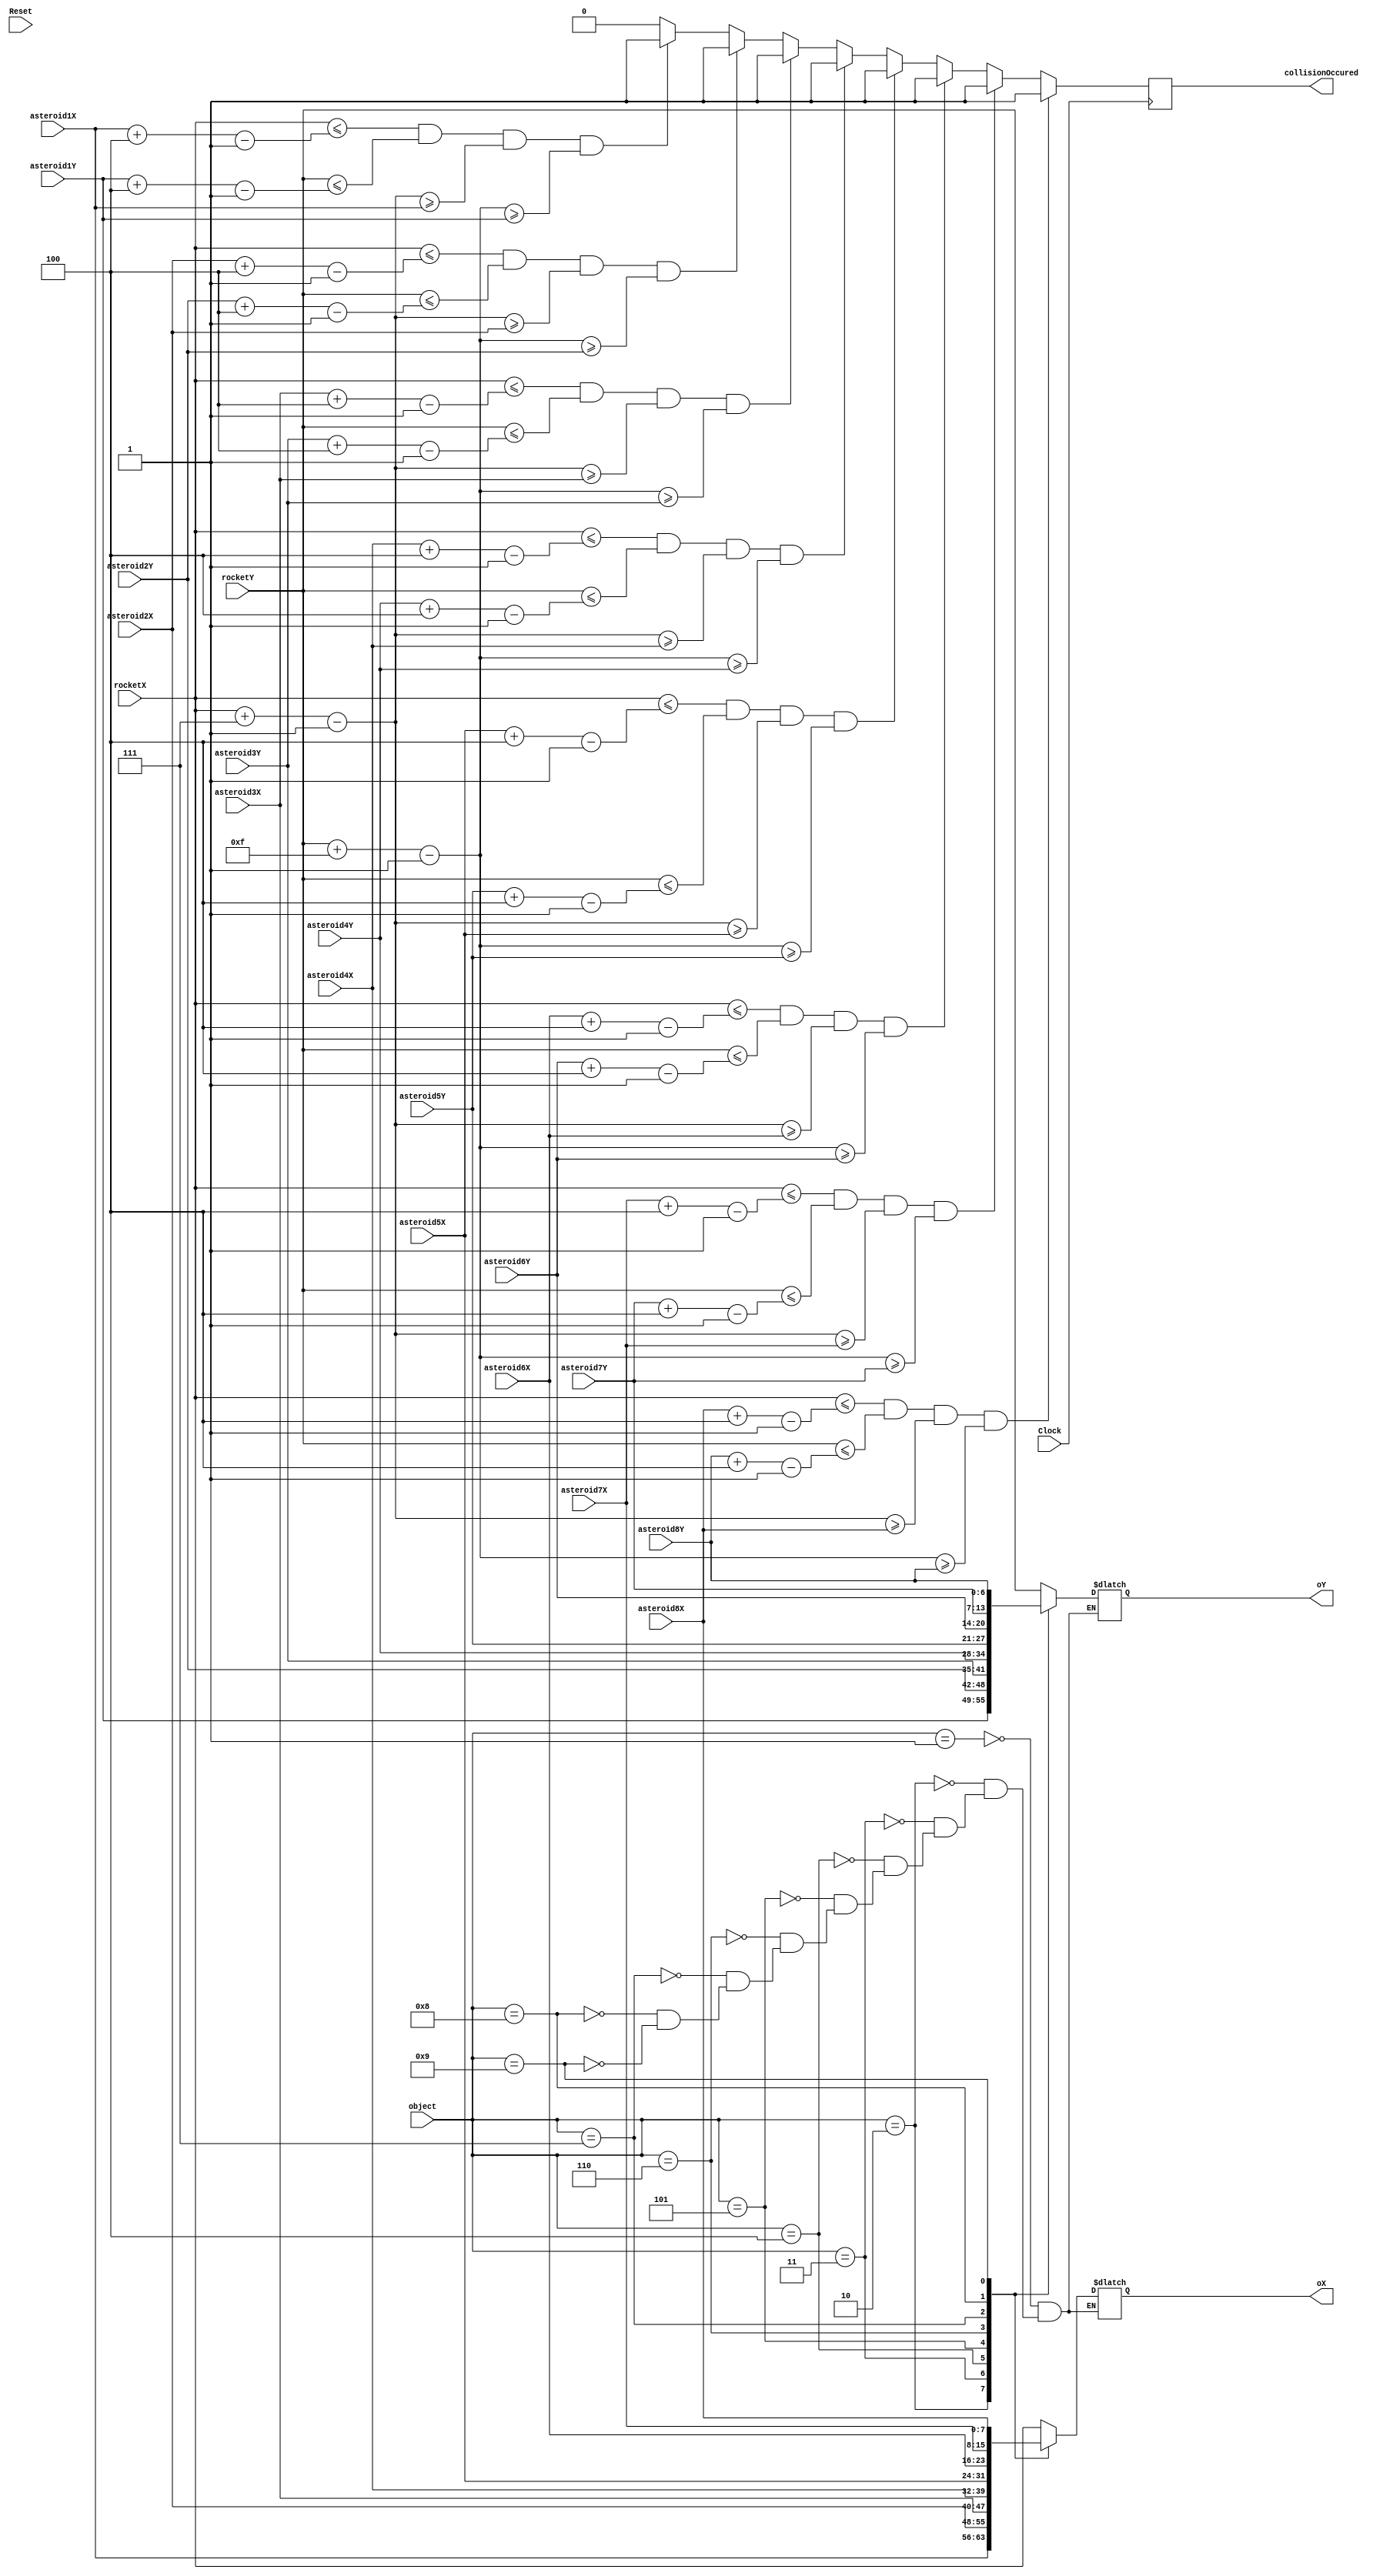
module collisions(
    input [7:0] rocketX, asteroid1X, asteroid2X, asteroid3X, asteroid4X, asteroid5X, asteroid6X, asteroid7X, asteroid8X,
    input [6:0] rocketY, asteroid1Y, asteroid2Y, asteroid3Y, asteroid4Y, asteroid5Y, asteroid6Y, asteroid7Y, asteroid8Y,
	 input Clock, Reset,
	 input [7:0] object,
	 output reg collisionOccured,
	 output reg [7:0] oX,
	 output reg [6:0] oY
);

	parameter X_SCREEN_PIXELS = 11'd160;
	parameter Y_SCREEN_PIXELS = 11'd120;
	
	localparam
	ASTEROID1 = 8'd2,
	ASTEROID2 = 8'd3,
	ASTEROID3 = 8'd4,
	ASTEROID4 = 8'd5,
	ASTEROID5 = 8'd6,
	ASTEROID6 = 8'd7,
	ASTEROID7 = 8'd8,
	ASTEROID8 = 8'd9;
	
	wire [7:0] rocketLeft;
	wire [6:0] rocketTop;
	wire [7:0] rocketRight;
	wire [6:0] rocketBottom;
	
	
	wire [7:0] asteroid1Left; // x value of left
	wire [6:0] asteroid1Top; // y value of top
	wire [7:0] asteroid1Right; // x value of right
	wire [6:0] asteroid1Bottom; // y value of bottom
	
	wire [7:0] asteroid2Left; // x value of left
	wire [6:0] asteroid2Top; // y value of top
	wire [7:0] asteroid2Right; // x value of right
	wire [6:0] asteroid2Bottom; // y value of bottom
	
	wire [7:0] asteroid3Left; // x value of left
	wire [6:0] asteroid3Top; // y value of top
	wire [7:0] asteroid3Right; // x value of right
	wire [6:0] asteroid3Bottom; // y value of bottom
	
	wire [7:0] asteroid4Left; // x value of left
	wire [6:0] asteroid4Top; // y value of top
	wire [7:0] asteroid4Right; // x value of right
	wire [6:0] asteroid4Bottom; // y value of bottom
	
	wire [7:0] asteroid5Left; // x value of left
	wire [6:0] asteroid5Top; // y value of top
	wire [7:0] asteroid5Right; // x value of right
	wire [6:0] asteroid5Bottom; // y value of bottom
	
	wire [7:0] asteroid6Left; // x value of left
	wire [6:0] asteroid6Top; // y value of top
	wire [7:0] asteroid6Right; // x value of right
	wire [6:0] asteroid6Bottom; // y value of bottom
	
	wire [7:0] asteroid7Left; // x value of left
	wire [6:0] asteroid7Top; // y value of top
	wire [7:0] asteroid7Right; // x value of right
	wire [6:0] asteroid7Bottom; // y value of bottom
	
	wire [7:0] asteroid8Left; // x value of left
	wire [6:0] asteroid8Top; // y value of top
	wire [7:0] asteroid8Right; // x value of right
	wire [6:0] asteroid8Bottom; // y value of bottom

	parameter rocketWidth = 7;
	parameter rocketHeight = 15;
	parameter asteroidWidth = 4;
	parameter asteroidHeight = 4;
	
	assign rocketLeft = rocketX;
	assign rocketTop = rocketY;
	assign rocketRight = rocketX + rocketWidth - 1;
	assign rocketBottom = rocketY + rocketHeight - 1;
	
	assign asteroid1Left = asteroid1X;
	assign asteroid1Top = asteroid1Y;
	assign asteroid1Right = asteroid1X + asteroidWidth - 1;
	assign asteroid1Bottom = asteroid1Y + asteroidHeight - 1;
	
	assign asteroid2Left = asteroid2X;
	assign asteroid2Top = asteroid2Y;
	assign asteroid2Right = asteroid2X + asteroidWidth - 1;
	assign asteroid2Bottom = asteroid2Y + asteroidHeight - 1;
	
	assign asteroid3Left = asteroid3X;
	assign asteroid3Top = asteroid3Y;
	assign asteroid3Right = asteroid3X + asteroidWidth - 1;
	assign asteroid3Bottom = asteroid3Y + asteroidHeight - 1;
	
	assign asteroid4Left = asteroid4X;
	assign asteroid4Top = asteroid4Y;
	assign asteroid4Right = asteroid4X + asteroidWidth - 1;
	assign asteroid4Bottom = asteroid4Y + asteroidHeight - 1;
	
	assign asteroid5Left = asteroid5X;
	assign asteroid5Top = asteroid5Y;
	assign asteroid5Right = asteroid5X + asteroidWidth - 1;
	assign asteroid5Bottom = asteroid5Y + asteroidHeight - 1;
	
	assign asteroid6Left = asteroid6X;
	assign asteroid6Top = asteroid6Y;
	assign asteroid6Right = asteroid6X + asteroidWidth - 1;
	assign asteroid6Bottom = asteroid6Y + asteroidHeight - 1;
	
	assign asteroid7Left = asteroid7X;
	assign asteroid7Top = asteroid7Y;
	assign asteroid7Right = asteroid7X + asteroidWidth - 1;
	assign asteroid7Bottom = asteroid7Y + asteroidHeight - 1;
	
	assign asteroid8Left = asteroid8X;
	assign asteroid8Top = asteroid8Y;
	assign asteroid8Right = asteroid8X + asteroidWidth - 1;
	assign asteroid8Bottom = asteroid8Y + asteroidHeight - 1;


	 // check for rocket collision with any asteroid
	always @(posedge Clock) begin
		if (!Reset) begin
			collisionOccured <= 0;
		end

		collisionOccured <= 0;
		//Rocket width/height outlines object hitboxes 
		if ((rocketLeft <= asteroid1Right) && (rocketTop <= asteroid1Bottom) && (rocketRight >= asteroid1Left) && (rocketBottom >= asteroid1Top))
			collisionOccured <= 1;

		//Repeat all of rocket check with asteroid1 with other asteroids
		if ((rocketLeft <= asteroid2Right) && (rocketTop <= asteroid2Bottom) && (rocketRight >= asteroid2Left) && (rocketBottom >= asteroid2Top))
			collisionOccured <= 1;
			
		if ((rocketLeft <= asteroid3Right) && (rocketTop <= asteroid3Bottom) && (rocketRight >= asteroid3Left) && (rocketBottom >= asteroid3Top))
			collisionOccured <= 1;
			
		if ((rocketLeft <= asteroid4Right) && (rocketTop <= asteroid4Bottom) && (rocketRight >= asteroid4Left) && (rocketBottom >= asteroid4Top))
			collisionOccured <= 1;
			
		if ((rocketLeft <= asteroid5Right) && (rocketTop <= asteroid5Bottom) && (rocketRight >= asteroid5Left) && (rocketBottom >= asteroid5Top))
			collisionOccured <= 1;
			
		if ((rocketLeft <= asteroid6Right) && (rocketTop <= asteroid6Bottom) && (rocketRight >= asteroid6Left) && (rocketBottom >= asteroid6Top))
			collisionOccured <= 1;
			
		if ((rocketLeft <= asteroid7Right) && (rocketTop <= asteroid7Bottom) && (rocketRight >= asteroid7Left) && (rocketBottom >= asteroid7Top))
			collisionOccured <= 1;
			
		if ((rocketLeft <= asteroid8Right) && (rocketTop <= asteroid8Bottom) && (rocketRight >= asteroid8Left) && (rocketBottom >= asteroid8Top))
			collisionOccured <= 1;					
			
	end

	always @(*) begin //select the object to draw to drawBox
		case (object)
		1: begin
			oX = rocketX;
			oY = rocketY;
		end
	
		2: begin
			oX = asteroid1X;
			oY = asteroid1Y;
		end
	
		3: begin
			oX = asteroid2X;
			oY = asteroid2Y;
		end
		
		4: begin
			oX = asteroid3X;
			oY = asteroid3Y;
		end
		
		5: begin
			oX = asteroid4X;
			oY = asteroid4Y;
		end
		
		6: begin
			oX = asteroid5X;
			oY = asteroid5Y;
		end
		
		7: begin
			oX = asteroid6X;
			oY = asteroid6Y;
		end
		
		8: begin
			oX = asteroid7X;
			oY = asteroid7Y;
		end
		
		9: begin
			oX = asteroid8X;
			oY = asteroid8Y;
		end
			
		endcase
	end		
			 
	
endmodule